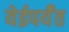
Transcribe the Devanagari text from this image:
येईपर्यँत